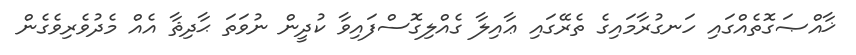
ޚާއްޞަގޮތެއްގައި ހަނގުރާމައިގެ ތެރޭގައި ޢާއިލާ ގެއްލިގޮސްފައިވާ ކުދީން ނުވަތަ ޙާދިޘާ އެއް މެދުވެރިވެގެން